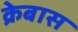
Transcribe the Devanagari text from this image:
क्रेबास